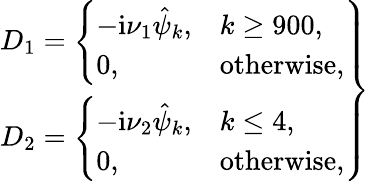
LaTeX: \left.\begin{array}{r}{D_{1}=\left\{ \begin{array}{ll}{-\textnormal{i}\nu_{1}\hat{\psi}_{k},}&{k\ge 900,}\\ {0,}&{\mathrm{otherwise},}\end{array}\right.}\\ {D_{2}=\left\{ \begin{array}{ll}{-\textnormal{i}\nu_{2}\hat{\psi}_{k},}&{k\le 4,}\\ {0,}&{\mathrm{otherwise},}\end{array}\right.}\end{array}\right\}